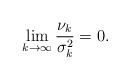
LaTeX: \begin{align*}\lim_{k \to \infty} \frac{\nu_k}{\sigma^2_k} = 0. \end{align*}